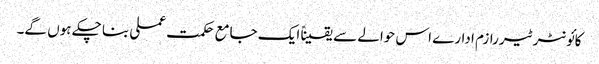
کائونٹر ٹیررازم ادارے اس حوالے سے یقیناً ایک جامع حکمت عملی بنا چکے ہوں گے۔